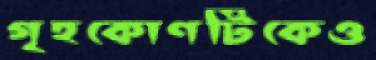
গৃহকোণটিকেও